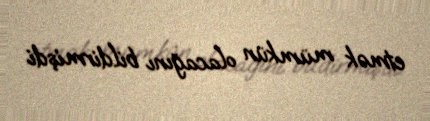
etmək mümkün olacağını bildirmişdi.